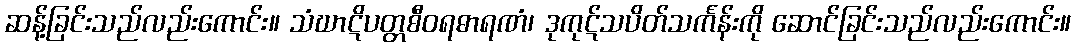
ဆန့်ခြင်းသည်လည်းကောင်း။ သံဃာဋိပတ္တစီဝရဓာရဏံ၊ ဒုကုဋ်သပိတ်သင်္ကန်းကို ဆောင်ခြင်းသည်လည်းကောင်း။